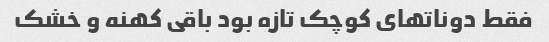
فقط دوناتهای کوچک تازه بود باقی کهنه و خشک